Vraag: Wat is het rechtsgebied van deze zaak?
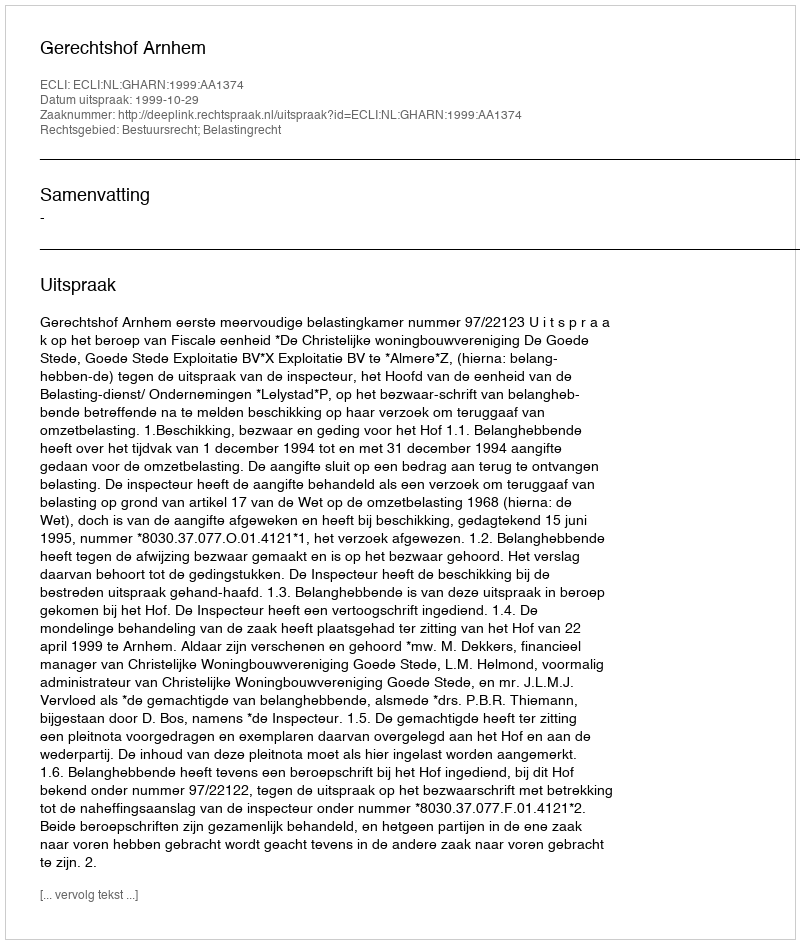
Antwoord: Bestuursrecht; Belastingrecht